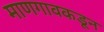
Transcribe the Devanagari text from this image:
माणगावकडून